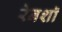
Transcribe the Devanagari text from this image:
रेनशॉ